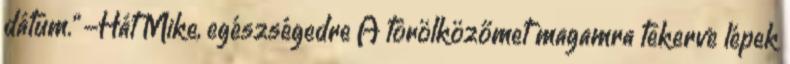
dátum.” -Hát Mike, egészségedre A törölközőmet magamra tekerve lépek